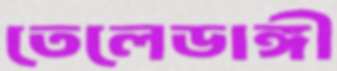
তেলেডাঙ্গী